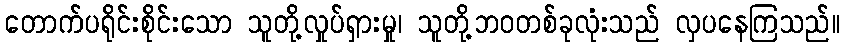
တောက်ပရိုင်းစိုင်းသော သူတို့လှုပ်ရှားမှု၊ သူတို့ဘဝတစ်ခုလုံးသည် လှပနေကြသည်။